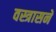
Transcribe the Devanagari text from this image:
वस्त्रासने